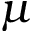
\mu